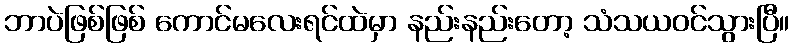
ဘာပဲဖြစ်ဖြစ် ကောင်မလေးရင်ထဲမှာ နည်းနည်းတော့ သံသယဝင်သွားပြီ။